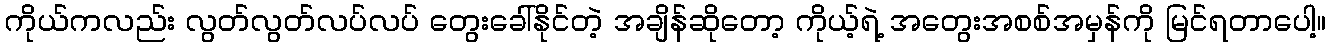
ကိုယ်ကလည်း လွတ်လွတ်လပ်လပ် တွေးခေါ်နိုင်တဲ့ အချိန်ဆိုတော့ ကိုယ့်ရဲ့ အတွေးအစစ်အမှန်ကို မြင်ရတာပေါ့။